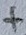
Text: +